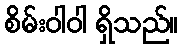
စိမ်းဝါဝါ ရှိသည်။